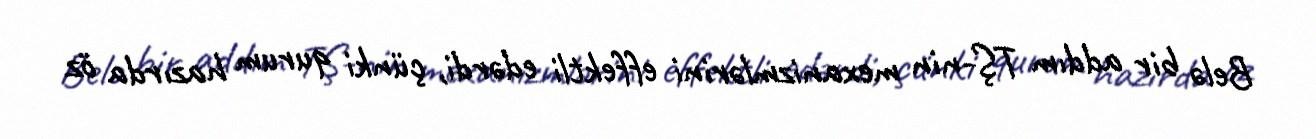
Belə bir addım TŞ-nin mexanizmlərini effektli edərdi, çünki qurum hazırda öz